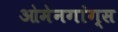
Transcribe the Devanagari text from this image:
ओमेनगांग्स